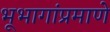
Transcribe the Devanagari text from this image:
भूभागांप्रमाणे